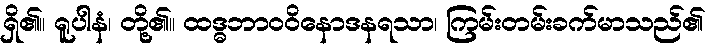
ရှိ၏။ ရူပါနံ၊ တို့၏။ ထဒ္ဓဘာဝဝိနောဒနရသာ၊ ကြမ်းတမ်းခက်မာသည်၏